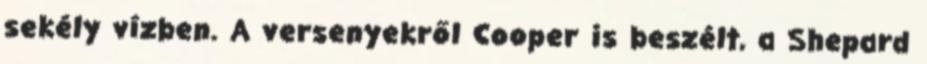
sekély vízben. A versenyekről Cooper is beszélt, a Shepard